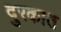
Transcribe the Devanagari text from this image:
दुरकात